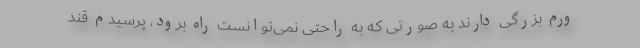
ورم بزرگی دارند به صورتی که به راحتی نمی‌توانست راه برود، پرسیدم قند